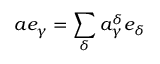
a e _ { \gamma } = \sum _ { \delta } a _ { \gamma } ^ { \delta } e _ { \delta }